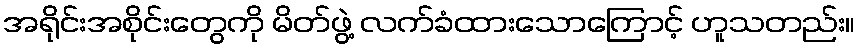
အရိုင်းအစိုင်းတွေကို မိတ်ဖွဲ့ လက်ခံထားသောကြောင့် ဟူသတည်း။